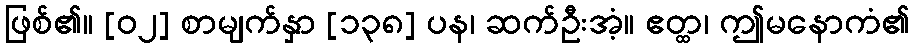
ဖြစ်၏။ [၀၂] စာမျက်နှာ [၁၃၈] ပန၊ ဆက်ဦးအံ့။ ဧတ္ထ၊ ဤမနောကံ၏